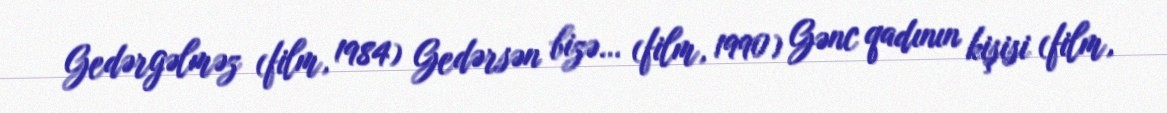
Gedərgəlməz (film, 1984) Gedərsən bizə… (film, 1990) Gənc qadının kişisi (film,